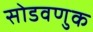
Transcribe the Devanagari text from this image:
सोडवणुक